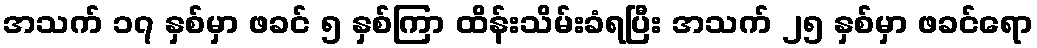
အသက် ၁၇ နှစ်မှာ ဖခင် ၅ နှစ်ကြာ ထိန်းသိမ်းခံရပြီး အသက် ၂၅ နှစ်မှာ ဖခင်ရော